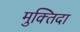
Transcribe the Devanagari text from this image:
मुक्‍तिदा